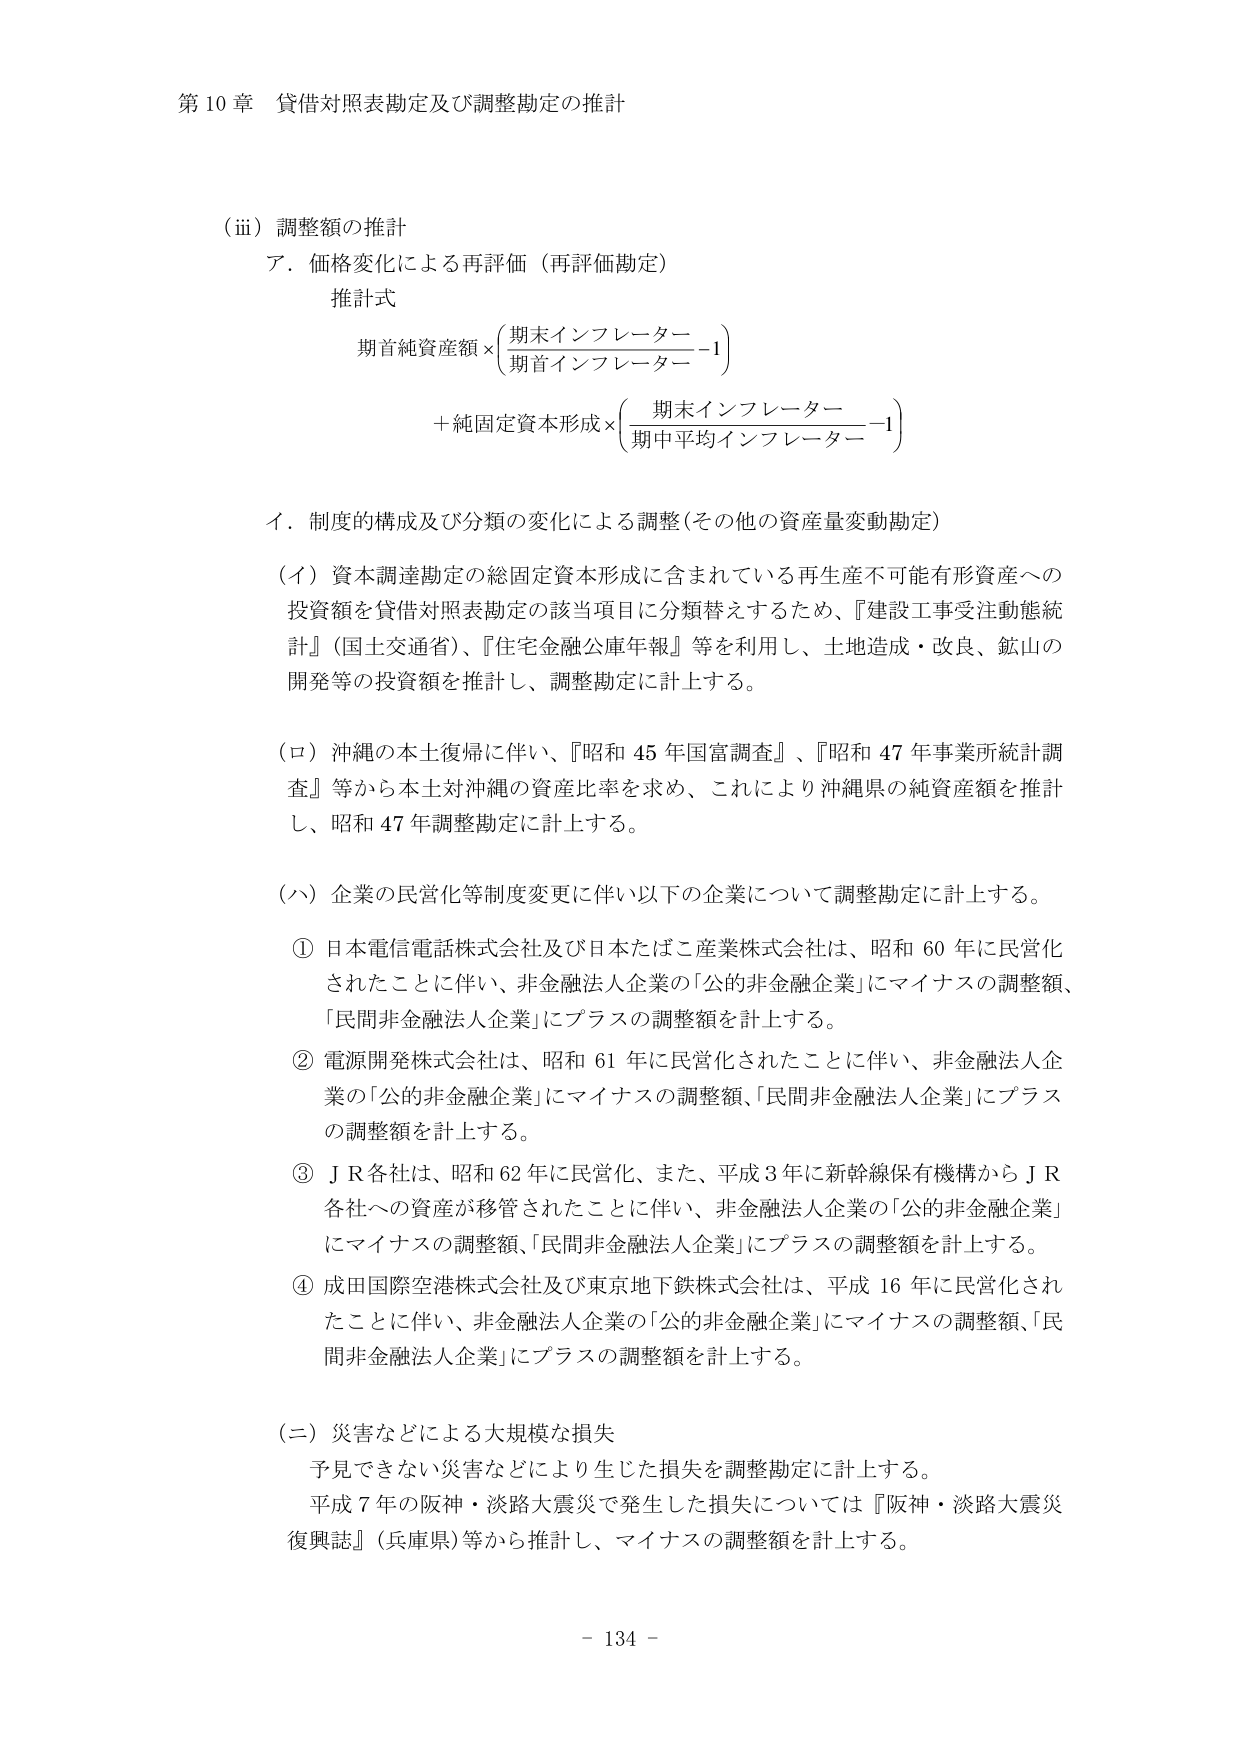
第10章 貸借対照表勘定及び調整勘定の推計

（ⅲ）調整額の推計
ア．価格変化による再評価（再評価勘定）
推計式
期首純資産額×（期末インフレーター／期首インフレーター－1）
＋純固定資本形成×（期末インフレーター／期中平均インフレーター－1）

イ．制度的構成及び分類の変化による調整（その他の資産量変動勘定）

（イ）資本調達勘定の総固定資本形成に含まれている再生産不可能有形資産への投資額を貸借対照表勘定の該当項目に分類替えするため、『建設工事受注動態統計』（国土交通省）、『住宅金融公庫年報』等を利用し、土地造成・改良、鉱山の開発等の投資額を推計し、調整勘定に計上する。

（ロ）沖縄の本土復帰に伴い、『昭和45年国富調査』、『昭和47年事業所統計調査』等から本土対沖縄の資産比率を求め、これにより沖縄県の純資産額を推計し、昭和47年調整勘定に計上する。

（ハ）企業の民営化等制度変更に伴い以下の企業について調整勘定に計上する。

① 日本電信電話株式会社及び日本たばこ産業株式会社は、昭和60年に民営化されたことに伴い、非金融法人企業の「公的非金融企業」にマイナスの調整額、「民間非金融法人企業」にプラスの調整額を計上する。

② 電源開発株式会社は、昭和61年に民営化されたことに伴い、非金融法人企業の「公的非金融企業」にマイナスの調整額、「民間非金融法人企業」にプラスの調整額を計上する。

③ ＪＲ各社は、昭和62年に民営化、また、平成3年に新幹線保有機構からＪＲ各社への資産が移管されたことに伴い、非金融法人企業の「公的非金融企業」にマイナスの調整額、「民間非金融法人企業」にプラスの調整額を計上する。

④ 成田国際空港株式会社及び東京地下鉄株式会社は、平成16年に民営化されたことに伴い、非金融法人企業の「公的非金融企業」にマイナスの調整額、「民間非金融法人企業」にプラスの調整額を計上する。

（ニ）災害などによる大規模な損失
予見できない災害などにより生じた損失を調整勘定に計上する。
平成7年の阪神・淡路大震災で発生した損失については『阪神・淡路大震災復興誌』（兵庫県）等から推計し、マイナスの調整額を計上する。

－ 134 －